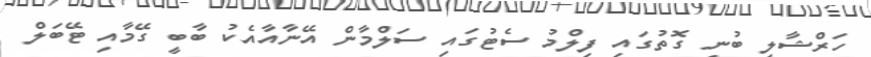
ހަރްޝާލީ ބުނި ގޮތުގައި ފިލްމު ސެޓުގައި ސަލްމާން އޭނާއާއެކު ބާބީ ގޭމާއި ޓޭބަލް